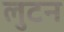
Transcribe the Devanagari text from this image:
लुटन